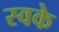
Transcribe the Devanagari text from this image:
स्वके